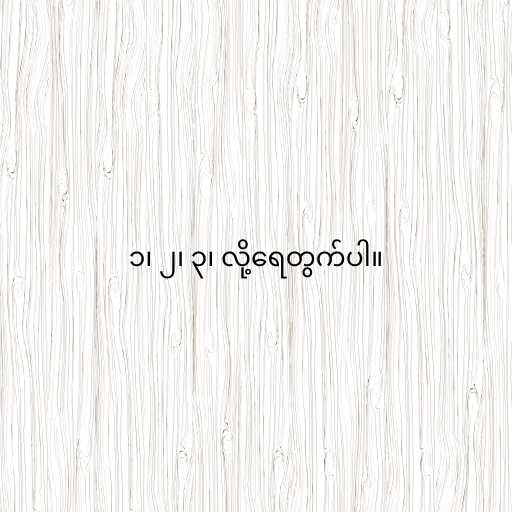
၁၊ ၂၊ ၃၊ လို့ရေတွက်ပါ။